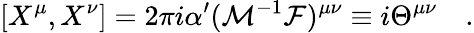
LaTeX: [X^{\mu},X^{\nu}]=2\pi i\alpha^{\prime}({\cal M}^{-1}{\cal F})^{\mu\nu}\equiv i\Theta^{\mu\nu}\quad.